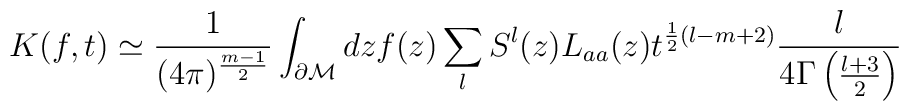
K(f,t)\simeq\frac 1{(4\pi )^{\frac{m-1}2}} \int_{\partial {\cal M}}dz f(z) \sum\limits_l S^l(z)L_{aa}(z) t^{\frac 12 (l-m+2)}\frac{l}{4\Gamma \left( \frac{l+3}2  \right)}